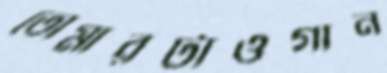
তোমারটাওগান